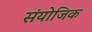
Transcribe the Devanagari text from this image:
संयोजिक